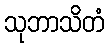
သုဘာသိတံ